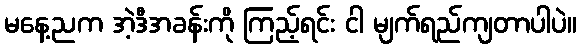
မနေ့ညက အဲ့ဒီအခန်းကို ကြည့်ရင်း ငါ မျက်ရည်ကျတာပါပဲ။